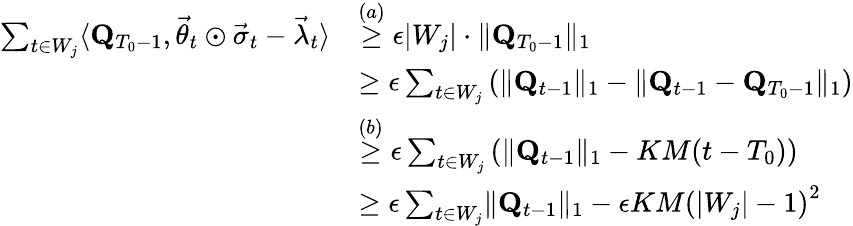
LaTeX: \begin{array}{rl}{\sum_{t\in W_{j}}\langle\mathbf Q_{T_{0}-1},\vec{\theta}_{t}\odot\vec{\sigma}_{t}-\vec{\lambda}_{t}\rangle}&{\stackrel{(a)}\ge\epsilon\lvert W_{j}\rvert\cdot\lVert\mathbf Q_{T_{0}-1}\rVert_{1}}\\ &{\ge\epsilon\sum_{t\in W_{j}}\left(\lVert\mathbf Q_{t-1}\rVert_{1}-\lVert\mathbf Q_{t-1}-\mathbf Q_{T_{0}-1}\rVert_{1}\right)}\\ &{\stackrel{(b)}\ge\epsilon\sum_{t\in W_{j}}\left(\lVert\mathbf Q_{t-1}\rVert_{1}-KM(t-T_{0})\right)}\\ &{\ge\epsilon\sum_{t\in W_{j}}\lVert\mathbf Q_{t-1}\rVert_{1}-\epsilon KM\left(\lvert W_{j}\rvert-1\right)^{2}}\end{array}